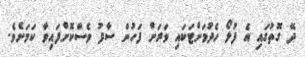
ދޭ ގޮތުގައި އެ ފުލޯ ހެދުމަށްޓަކައި ވަރަށް ފަހުން ސާފު ވެސްކޮށްފައިވާ ކަމަށެވެ.